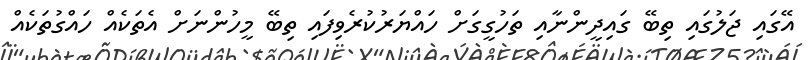
އޭގައި ޖަލުގައި ތިބޭ ގައިދީންނާއި ތަހުގީގަށް ހައްޔަރުކުރެވިފައި ތިބޭ މީހުންނަށް އެތަކެއް ހައްގުތަކެއް